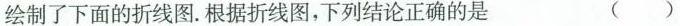
绘制了下面的折线图. 根据折线图，下列结论正确的是 ()